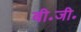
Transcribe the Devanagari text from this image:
बी॰जी॰